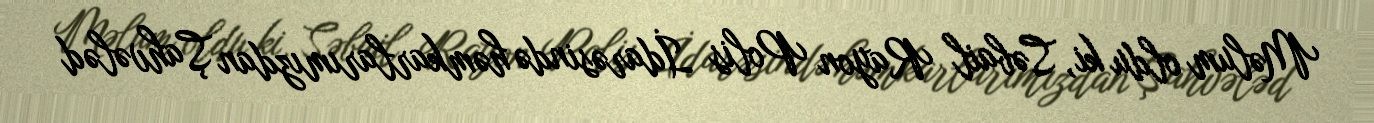
Məlum oldu ki, Səbail Rayon Polis İdarəsində həmkarlarımızdan Şahvələd